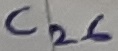
Text: C26